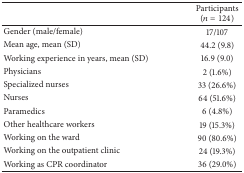
|  | Participants(n = 124) |
 | --- | --- |
 | Gender (male/female) | 17/107 |
 | Mean age, mean (SD) | 44.2 (9.8) |
 | Working experience in years, mean (SD) | 16.9 (9.0) |
 | Physicians | 2 (1.6%) |
 | Specialized nurses | 33 (26.6%) |
 | Nurses | 64 (51.6%) |
 | Paramedics | 6 (4.8%) |
 | Other healthcare workers | 19 (15.3%) |
 | Working on the ward | 90 (80.6%) |
 | Working on the outpatient clinic | 24 (19.3%) |
 | Working as CPR coordinator | 36 (29.0%) |